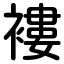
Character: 褸